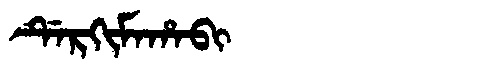
Manchu: ᡩᡝᡵᡴᡳᠮᠠᡥᠠᠪᡳ
Romanization: DERKIMAHABI